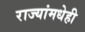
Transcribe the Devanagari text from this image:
राज्यांमधेही